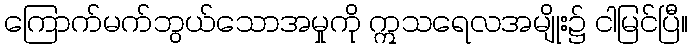
ကြောက်မက်ဘွယ်သောအမှုကို ဣသရေလအမျိုး၌ ငါမြင်ပြီ။